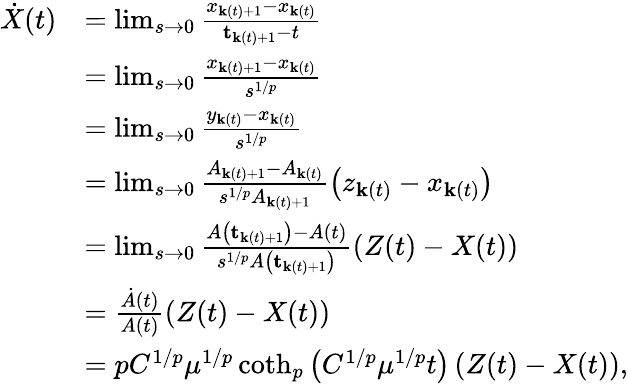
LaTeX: \begin{array}{rl}{\dot{X}(t)}&{=\operatorname*{lim}_{s\rightarrow 0}\frac{x_{\mathbf{k}(t)+1}-x_{\mathbf{k}(t)}}{\mathbf{t}_{\mathbf{k}(t)+1}-t}}\\ &{=\operatorname*{lim}_{s\rightarrow 0}\frac{x_{\mathbf{k}(t)+1}-x_{\mathbf{k}(t)}}{s^{1/p}}}\\ &{=\operatorname*{lim}_{s\rightarrow 0}\frac{y_{\mathbf{k}(t)}-x_{\mathbf{k}(t)}}{s^{1/p}}}\\ &{=\operatorname*{lim}_{s\rightarrow 0}\frac{A_{\mathbf{k}(t)+1}-A_{\mathbf{k}(t)}}{s^{1/p}A_{\mathbf{k}(t)+1}}\left(z_{\mathbf{k}(t)}-x_{\mathbf{k}(t)}\right)}\\ &{=\operatorname*{lim}_{s\rightarrow 0}\frac{A\left(\mathbf{t}_{\mathbf{k}(t)+1}\right)-A(t)}{s^{1/p}A\left(\mathbf{t}_{\mathbf{k}(t)+1}\right)}\left(Z(t)-X(t)\right)}\\ &{=\frac{\dot{A}(t)}{A(t)}\left(Z(t)-X(t)\right)}\\ &{=pC^{1/p}\mu^{1/p}\coth_{p}\left(C^{1/p}\mu^{1/p}t\right)\left(Z(t)-X(t)\right),}\end{array}